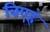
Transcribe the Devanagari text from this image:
बिएहं